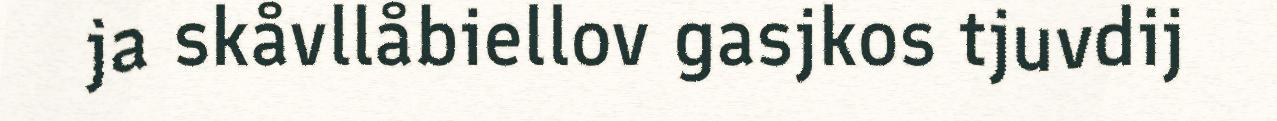
ja skåvllåbiellov gasjkos tjuvdij